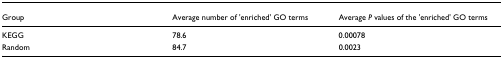
| Group | Average number of 'enriched' GO terms | Average P values of the 'enriched' GO terms |
 | --- | --- | --- |
 | KEGG | 78.6 | 0.00078 |
 | Random | 84.7 | 0.0023 |